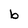
Character: b